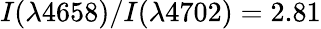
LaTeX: I(\lambda 4658)/I(\lambda 4702)=2.81